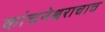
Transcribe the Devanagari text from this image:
कांचनेश्वराचाच